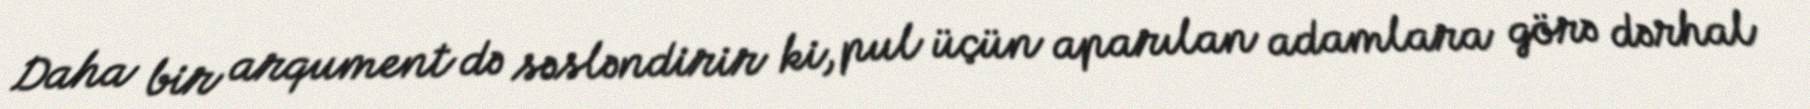
Daha bir arqument də səsləndirir ki, pul üçün aparılan adamlara görə dərhal